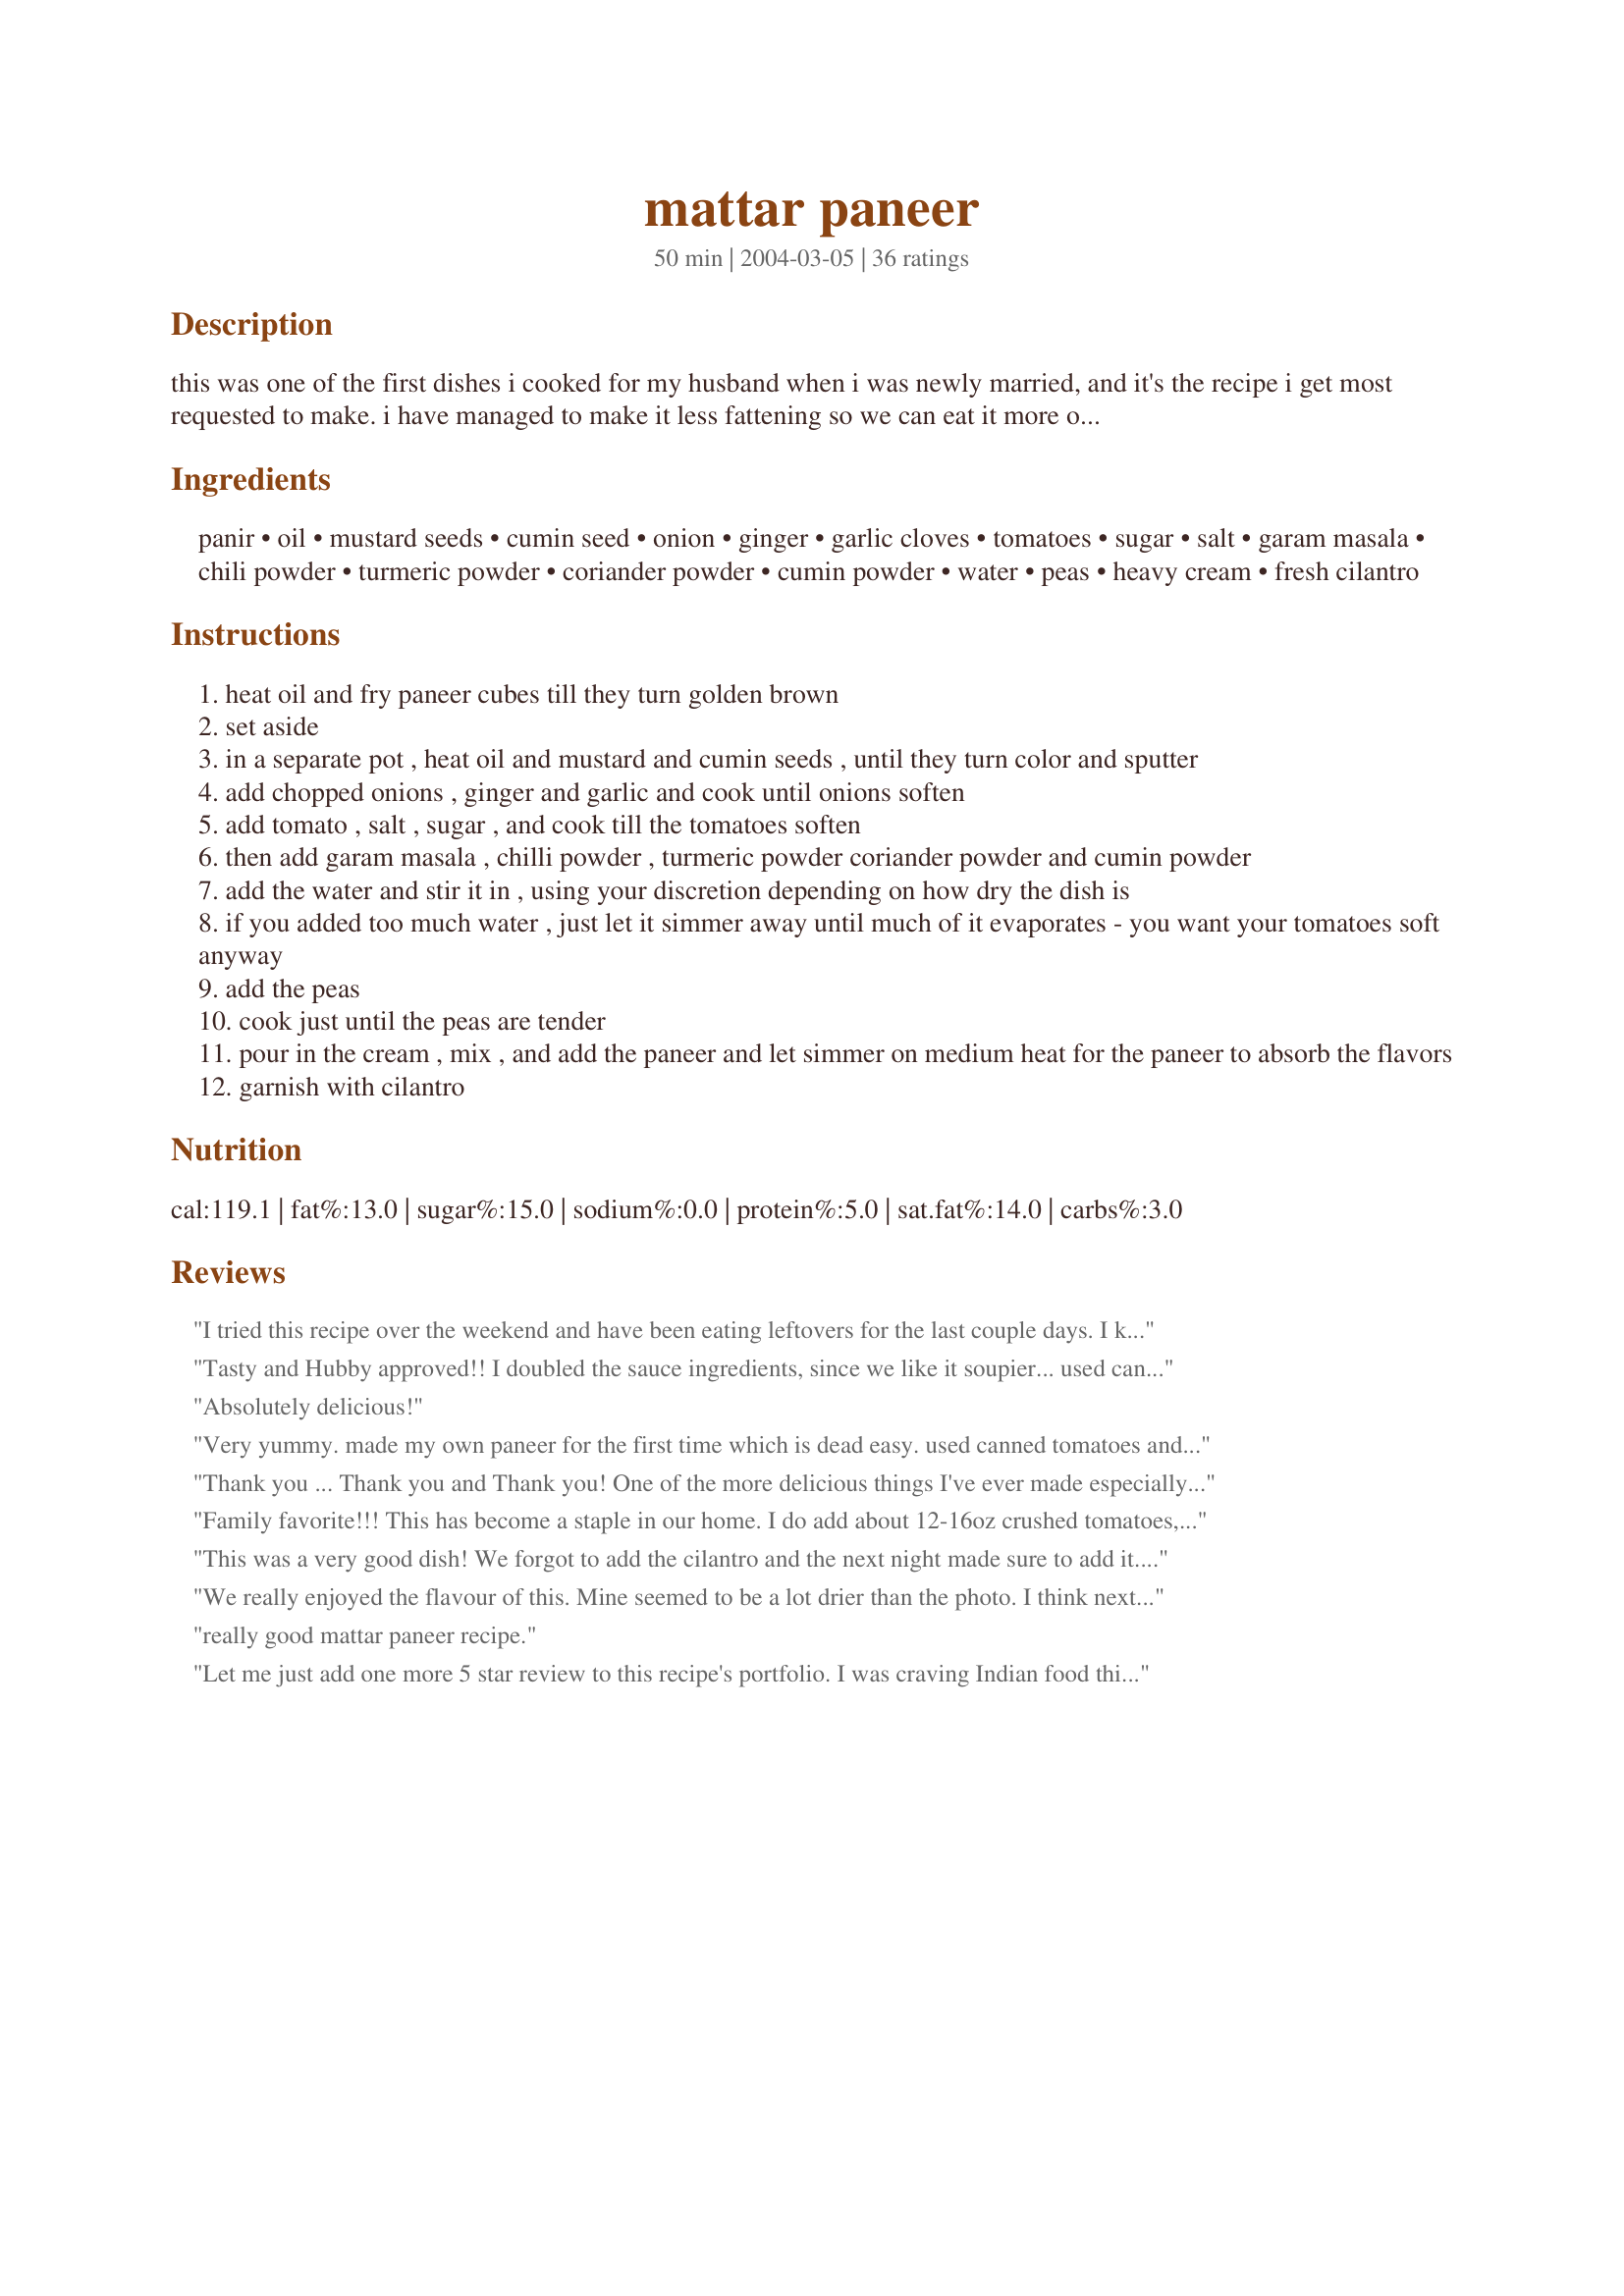
mattar paneer
Preparation time: 50 minutes

this was one of the first dishes i cooked for my husband when i was newly married, and it's the recipe i get most requested to make. i have managed to make it less fattening so we can eat it more often by successfully substituting the cream with fatfree half&half or even fatfree yoghurt sometimes (of course it won't taste quite as good as it does with heavy cream). i always use my own homemade paneer in this, and i also roast and grind my own cumin and coriander to bring out the best flavors, but you don't have to do that.

Ingredients:
panir, oil, mustard seeds, cumin seed, onion, ginger, garlic cloves, tomatoes, sugar, salt, garam masala, chili powder, turmeric powder, coriander powder, cumin powder, water, peas, heavy cream, fresh cilantro

Steps:
heat oil and fry paneer cubes till they turn golden brown
set aside
in a separate pot , heat oil and mustard and cumin seeds , until they turn color and sputter
add chopped onions , ginger and garlic and cook until onions soften
add tomato , salt , sugar , and cook till the tomatoes soften
then add garam masala , chilli powder , turmeric powder coriander powder and cumin powder
add the water and stir it in , using your discretion depending on how dry the dish is
if you added too much water , just let it simmer away until much of it evaporates - you want your tomatoes soft anyway
add the peas
cook just until the peas are tender
pour in the cream , mix , and add the paneer and let simmer on medium heat for the paneer to absorb the flavors
garnish with cilantro

Reviews:
I tried this recipe over the weekend and have been eating leftovers for the last couple days. I keep wanting to like this curry, but I ultimately find the flavor a bit ho-hum. It smells very nice when cooking, but the actual taste of the dish is nothing special, and when I make curries, I really look for a feast of flavor. Maybe increasing the spices would help.
Tasty and Hubby approved!! I doubled the sauce ingredients, since we like it soupier... used canned tomatoes and pureed before adding peas and paneer. I agree flavor is good but light. Think next time will add twice the spices. But a keeper!! Just need to tweek for out palates.
Absolutely delicious!
Very yummy. made my own paneer for the first time which is dead easy. used canned tomatoes and light cream.
Thank you ... Thank you and Thank you! One of the more delicious things I've ever made especially from an online recipe.
I changed a few things. Pureed to the tomato and onion after I cooked it so it was more like a restaurant style mattar Paneer. I added even less cream 1/8 cup and it still tastes great.
Family favorite!!! This has become a staple in our home. I do add about 12-16oz crushed tomatoes, but otherwise I am true to this recipe! My in-laws are Indian and this gets their stamp of approval too!! -Autumn
This was a very good dish! We forgot to add the cilantro and the next night made sure to add it. It really adds to the dish. The next time I make this I would add a chili to make it hotter - it was a more mild dish. Thanks for the recipe!
We really enjoyed the flavour of this. Mine seemed to be a lot drier than the photo. I think next time I will try using a tin of tomatoes and see if this helps. I also find it a lot easier to read a recipe when the ingredients are listed in order of use. Other than that a fantastic recipe that I will definitely make again. Thank you so much for posting :)
really good mattar paneer recipe.
Let me just add one more 5 star review to this recipe's portfolio. I was craving Indian food this week, and made the mistake of asking my husband to order some. When he came home with literally some batsmati rice and two pieces of naan, I realized that I should be the one to order the take-out from now on. I needed something to make to go with the rice, and since my craving for Indian hadn't been satisfied, I turned to the Zaar and found this recipe. Absolutely amazing, I have never cooked with paneer before, but have always loved it in food, and boy am I glad we tried this it's really easy and so so good. I won't wait until we have left over rice to make this one again. Thanks so much for sharing!
This is fantastic! Just as good as any mattar paneer I've had in a restaurant. I ended up just adding sugar to taste until it cut the acidity of the tomatoes, and I pureed everything but the peas and paneer to give the sauce a smooth consistency. Did everything else as according to the recipe. Impressed my husband and MIL from Mumbai. Thanks for the recipe!
Really good recipe - I'm always looking for new ways to cook with paneer! Used 250 g of paneer cheese and doubled the dry spices, as I like very flavour-intensive dishes. ;-) Used about 1/2 ts of salt, which seemed about right. Served over basmati rice and thoroughly enjoyed my meal! Thank you very much for the recipe!
Just a comment---- because I've not made with paneer yet. I made this with tofu in place of paneer, using FF heavy cream. SO awesome. Will rate with stars when I use paneer (which will be very soon.)
This recipe was delicious and easy to make! The only change I made was after the tomatoes were softened, I blended the mixture in a food processor to make a smoother gravy. Then I simply added the smooth mixture back to the pan and kept going with the recipe from where I left off. Thank you so much for this recipe! Really fantastic.
Very nice, I especially enjoyed the taste of the mustard and cumin seeds and the flavor of the coriander.
Fantastic - followed almost exactly. Used a little less paneer and a little more peas, swapped fat-free evaporated milk for the cream, use cayenne in place of chili powder and had to add a tbsp of sour cream to bring the fire down a little. :o) Used ghee for a richer taste. This one's a keeper; such a joy to find perfect recipes like this one.
This was easy and delicious! Will definitely make this again and again.
I made this today and can't recommend this highly enough! Would give it dozens of stars:) Varsha, I haven't had a better paneer dish at even places like Leela Palace or the Oberoi. Kudos on an amazing recipe - so fragrant, flavorful and colorful. Wonderfully creamy as well which left a lingering smooth satisfying aftertaste with every mouthful of this heavenly indulgence:)
I had a ton of raw milk lying around this past week and decided to make paneer out of it. I hadn't had good mattar paneer since my study abroad trip to India three years ago, and I was so excited by the way this turned out. I did add some yogurt along with the heavy cream at the end, kicked up the garam masala, and omitted the cilantro. I could have asked for a heavier concentration of spices, but otherwise this was just fantastic. Thanks!
Loved it. Very flavourful though i did make some changes like adding more heavy cream. Overall a very good recipe.
Excellent recipe! Thanks a lot!

I made good 'n' healthy matter paneer for the first time in my life!
this is good. my husband liked it
Nice easy recipe, although very hands on. So a good one to do with other dishes that are just cooking away. I loved all the spices. Next time I'll try tofu instead of paneer - or I'll try making my own - I was disappointed with the store bought variety I had.
I did think there was too much paneer to all the rest, next time I'll halve the amount (or double the rest!)
wonderful! I agree, I'd like a stronger concentration of flavor, but very very yummy!!!
Wonderful! We subbed tofu for the panir. Will definitely make this again and again!
This was amazing!! We ate it with roti paratha and it was delicious...so filling!
Thanks for sharing it!
Varsha, 5 stars and a thumbs up!!! Great recipe - so rich, creamy and tasty! Measurements were all perfect! The only thing I did in addition was to put the fried paneer in 2 Tablespoons of yogurt. I found this in Mrs. Tarla Dalal's fried Paneer recipes and it makes the paneer absorb the flavours. Thanks again Varsha. (I can't believe I missed the stars when I reviewed this recipe!!!)
This was really easy and very flavorful! We enjoyed this very much for dinner last night and I have saved it in my keeper file. Thanks!
Wow what a full flavoured dish....beautiful to look at , easy to cook....loved all the spices ..something my family loves to eat. It's something we have on a regular basis....have only now got round to reviewing.
This dish was good, but not as delicious as Sue L's Palak Paneer on this site. I wanted to use the other half of my homemade paneer, so I tried this recipe. I felt like it was just missing something. I will say that I used FF half/half instead of heavy cream, so this could have made the difference. Regardless, it was not bad, but I don't think I will keep looking for mattar paneer recipes.
this was absolutely perfect. i even used whole milk and yogurt as i didn't have the cream, added a little flour to thicken, and it was amazing. i used fried paneer from the oriental mart. i will make this again and again. it was fairly easy to do, too. i made it with chicken tikka masala, brown jasmine rice, and frozen roti from the oriental mart too. I'll try to do all homemade next time, now that i know how easy this is!
This is an excellent recipe!!! I make this VEGAN!!! So delicious! I use Coconut oil in place of the ghee, extra firm tofu for the paneer, and a easy substitute for heavy cream is to use cashew cream: 1 part raw cashew pieces, 1 part water, soak cashews for an hour before, then blend on high until creamy. Add and use as you would cream. I also like a very savory version of this dish so I double the spices, and add a bit more salt than called for. Soooo good! Thanks for sharing, this is delightful!
Now, my favorite Indian recipe! I substituted tofu for the paneer and used the cashew cream option to make this dish vegan. It is perfectly spiced, for me, exactly as written.
this is an excellent recipe. I have made a couple of changes to make it slightly more authentic (being Indian, I like a lot of strong flavours!). Using half the amount of paneer, I used a good heaped teaspoon of all the spices. I also added 3 tomatoes. Instead of adding water, I add a can of chopped tomatoes or even better, tomato passata. This is something my mum has taught me and it add's a lot of richness and flavour to the recipe. (I never add water to an indian recipe). And finally, going against a lot of the weight watchers, I add a good couple of dollops of extra thick double cream and stir this in at the end. Other than that, great tasting dish!
Excellent
Wonderful recipe. We both loved this one. I had made my own paneer (Recipe #207389) and made as written except only doing half a recipe. Served with Recipe #86753 and Recipe #270882.
